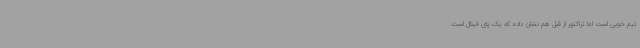
تیم خوبی است اما تراکتور از قبل هم نشان داده که یک پای فینال است.